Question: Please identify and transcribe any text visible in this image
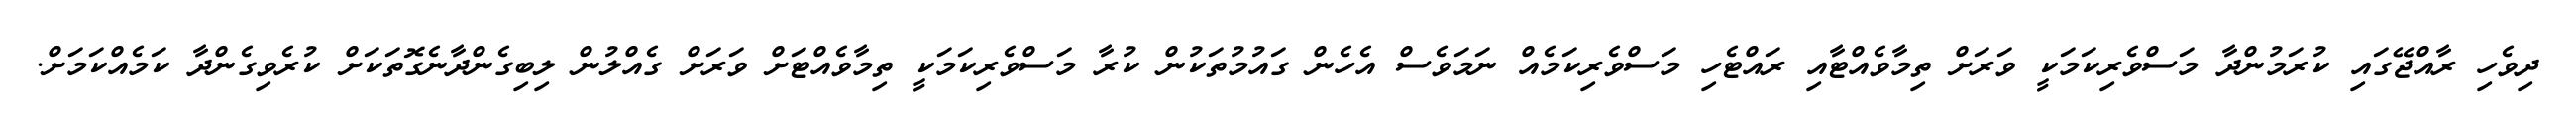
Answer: ދިވެހި ރާއްޖޭގައި ކުރަމުންދާ މަސްވެރިކަމަކީ ވަރަށް ތިމާވެއްޓާއި ރައްޓެހި މަސްވެރިކަމެއް ނަމަވެސް އެހެން ގައުމުތަކުން ކުރާ މަސްވެރިކަމަކީ ތިމާވެއްޓަށް ވަރަށް ގެއްލުން ލިބިގެންދާނެގޮތަކަށް ކުރެވިގެންދާ ކަމެއްކަމަށް.